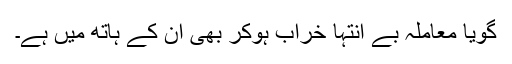
گویا معاملہ بے انتہا خراب ہوکر بھی ان کے ہاتھ میں ہے۔